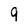
Character: 9